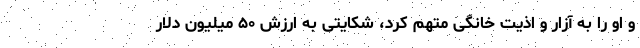
و او را به آزار و اذیت خانگی متهم کرد، شکایتی به ارزش ۵۰ میلیون دلار